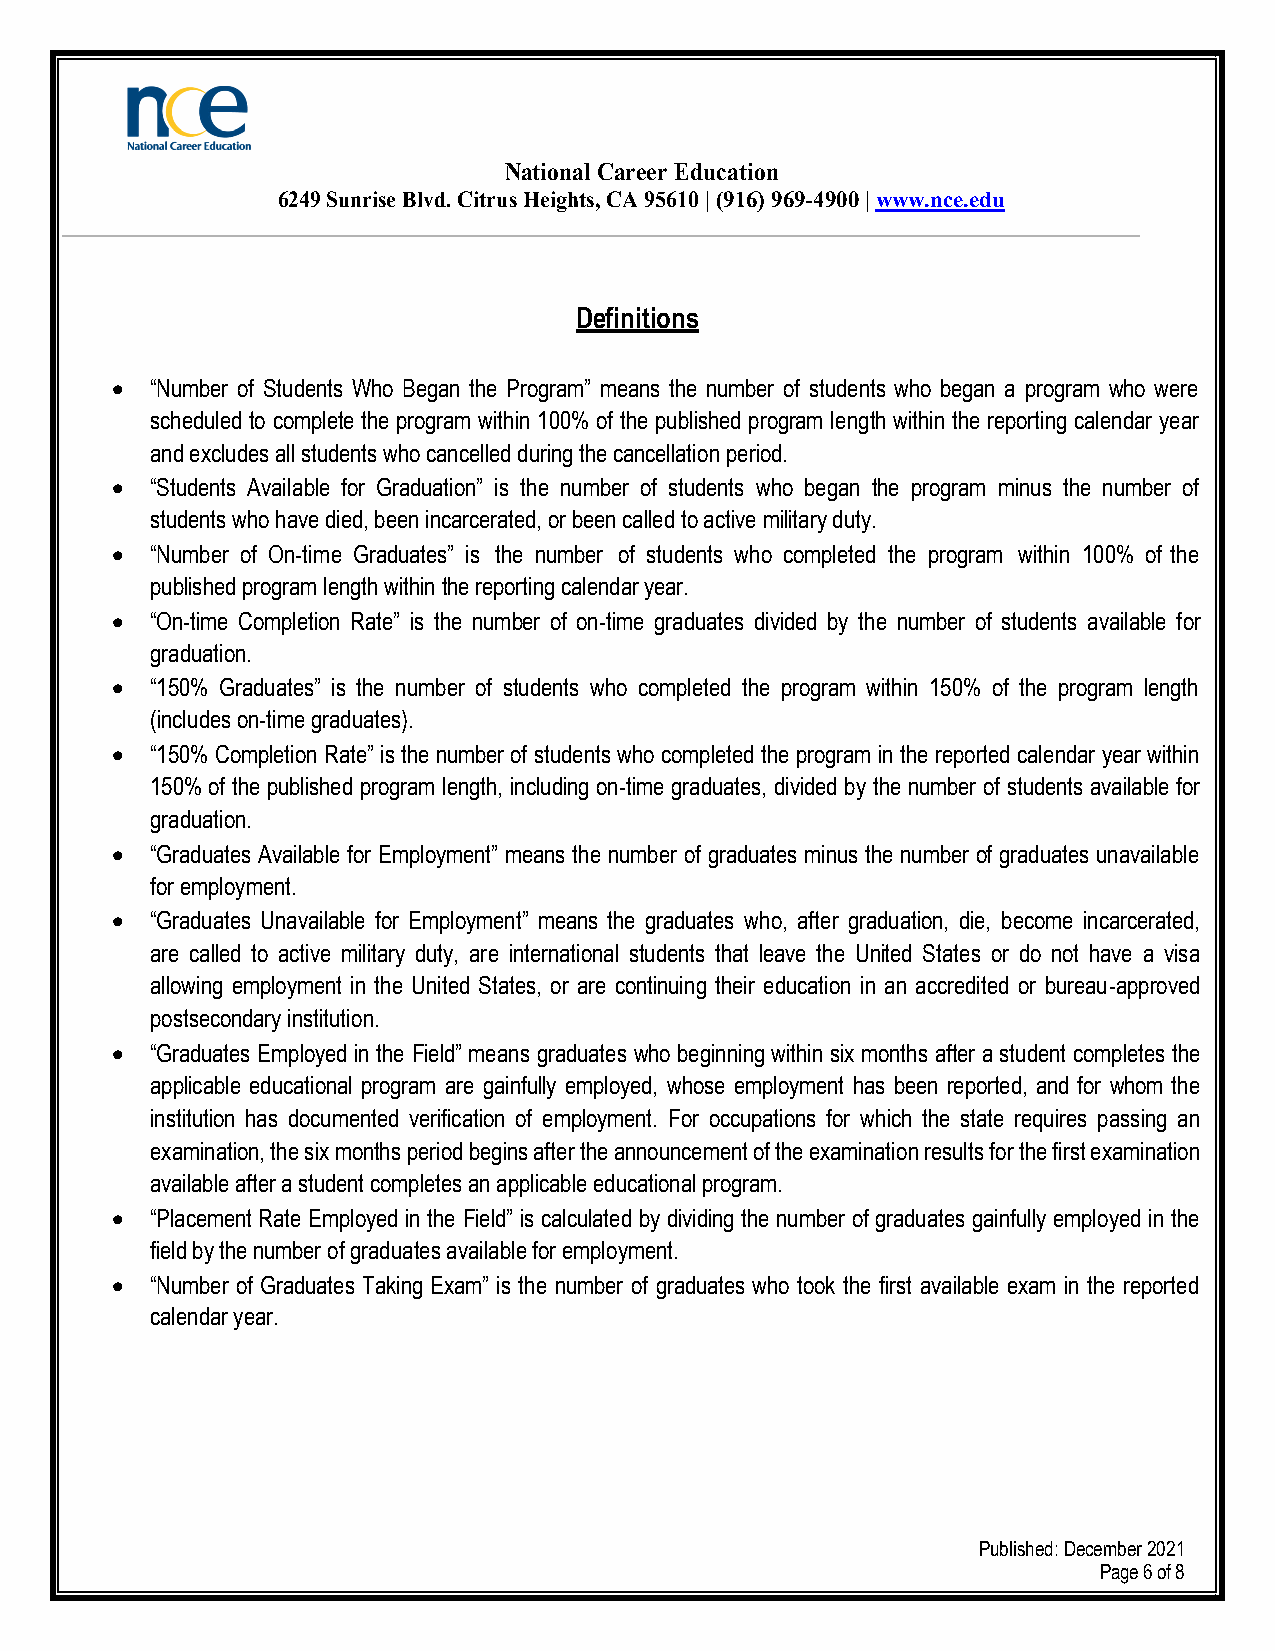
National Career Education
 6249 Sunrise Blvd. Citrus Heights, CA 95610 | (916) 969-4900 | www.nce.edu
 Definitions
   “Number of Students Who Began the Program” means the number of students who began a program who were
 scheduled to complete the program within 100% of the published program length within the reporting calendar year
 and excludes all students who cancelled during the cancellation period.
   “Students Available for Graduation” is the number of students who began the program minus the number of
 students who have died, been incarcerated, or been called to active military duty.
   “Number of On-time Graduates” is the number of students who completed the program within 100% of the
 published program length within the reporting calendar year.
   “On-time Completion Rate” is the number of on-time graduates divided by the number of students available for
 graduation.
   “150% Graduates” is the number of students who completed the program within 150% of the program length
 (includes on-time graduates).
   “150% Completion Rate” is the number of students who completed the program in the reported calendar year within
 150% of the published program length, including on-time graduates, divided by the number of students available for
 graduation.
   “Graduates Available for Employment” means the number of graduates minus the number of graduates unavailable
 for employment.
   “Graduates Unavailable for Employment” means the graduates who, after graduation, die, become incarcerated,
 are called to active military duty, are international students that leave the United States or do not have a visa
 allowing employment in the United States, or are continuing their education in an accredited or bureau-approved
 postsecondary institution.
   “Graduates Employed in the Field” means graduates who beginning within six months after a student completes the
 applicable educational program are gainfully employed, whose employment has been reported, and for whom the
 institution has documented verification of employment. For occupations for which the state requires passing an
 examination, the six months period begins after the announcement of the examination results for the first examination
 available after a student completes an applicable educational program.
   “Placement Rate Employed in the Field” is calculated by dividing the number of graduates gainfully employed in the
 field by the number of graduates available for employment.
   “Number of Graduates Taking Exam” is the number of graduates who took the first available exam in the reported
 calendar year.
 Published: December 2021
 Page 6 of 8